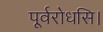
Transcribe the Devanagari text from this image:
पूर्वरोधसि।